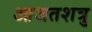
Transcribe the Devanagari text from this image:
आजतशत्रु